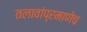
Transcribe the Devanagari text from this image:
तलावांप्रमाणेच